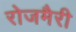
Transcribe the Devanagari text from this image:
रोजमैरी